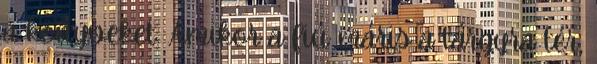
a könyveket. Amikor a fiú máris a tárgyra tér,